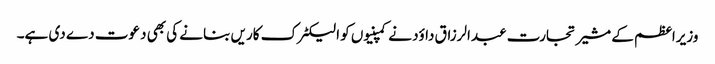
وزیراعظم کے مشیر تجارت عبدالرزاق داؤد نے کمپنیوں کو الیکٹرک کاریں بنانے کی بھی دعوت دے دی ہے۔